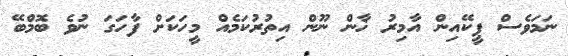
ނަމަވެސް ޕީކޭއިން އާމިރު ޚާން ނޫން އިތުރުކަމެއް މީހަކަށް ފާހަގަ ނުވެ ބޮމްބޭ